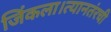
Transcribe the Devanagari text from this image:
जिंकला।त्यानतंरची